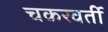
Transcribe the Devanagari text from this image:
चकरवर्ती